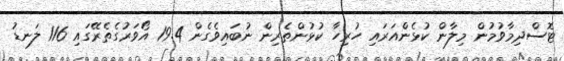
ޓޮސްދިމާވުމުން މިލާން ކުޅެންއަރައި ހުރިހާ ކުޅުންތެރިން ނުބައިވެގެން 19.4 އޯވަރުގެތެރޭގައި 116 ލަނޑު